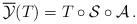
LaTeX: \begin{align*}\overline{\cal Y}(T)=T\circ{\cal S}\circ{\cal A}\,.\end{align*}